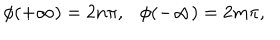
\phi ( + \infty ) = 2 n \pi , \ \ \ \phi ( - \infty ) = 2 m \pi ,